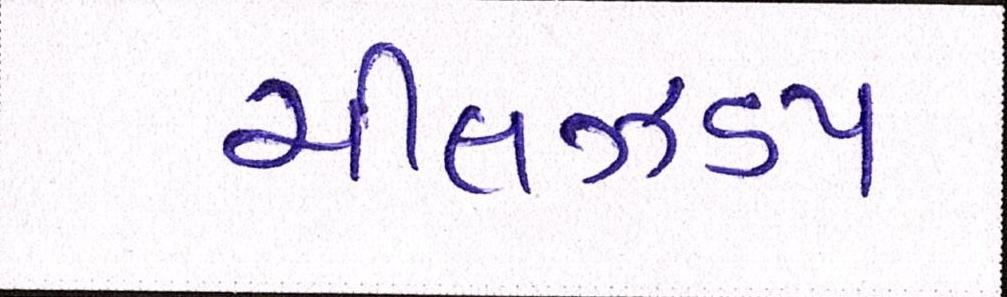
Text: ચીલઝડપ